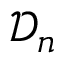
\mathcal { D } _ { n }